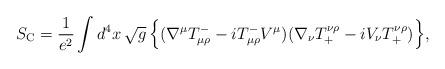
LaTeX: \begin{align*}S_{\rm C} = \frac{1}{e^2} \int d^4x\,\sqrt{g}\, \Bigr\{( \nabla^\mu T_{\mu\rho}^- - i T_{\mu\rho}^- V^\mu )( \nabla_\nu T^{\nu\rho}_+ - i V_\nu T^{\nu\rho}_+ ) \Bigr\},\end{align*}